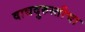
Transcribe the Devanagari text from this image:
वाद्यदुरुस्तीचा